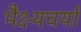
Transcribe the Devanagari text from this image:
भैक्ष्यचर्या